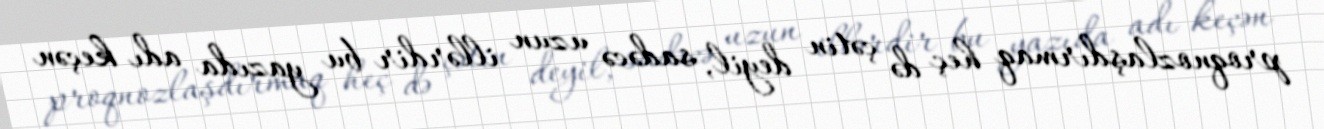
proqnozlaşdırmaq heç də çətin deyil, sadəcə uzun illərdir bu yazıda adı keçən